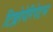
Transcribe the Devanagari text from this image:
टिफ्लोपेरिपेटस